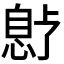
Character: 𫺱